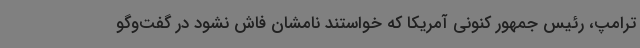
ترامپ، رئیس جمهور کنونی آمریکا که خواستند نامشان فاش نشود در گفت‌وگو